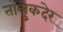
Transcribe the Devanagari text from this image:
तालुकदेर